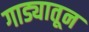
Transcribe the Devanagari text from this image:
गाड्यातून